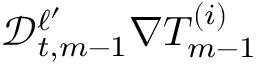
\mathscr { D } _ { t , m - 1 } ^ { \ell ^ { \prime } } \nabla T _ { m - 1 } ^ { ( i ) }